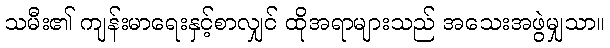
သမီး၏ ကျန်းမာရေးနှင့်စာလျှင် ထိုအရာများသည် အသေးအဖွဲမျှသာ။